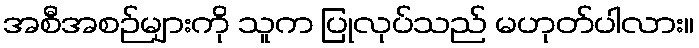
အစီအစဉ်များကို သူက ပြုလုပ်သည် မဟုတ်ပါလား။